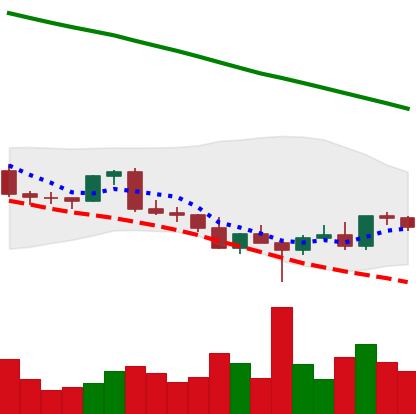
Ticker: EOS-USD
Chart end date: 2022-03-02
Forward return: -12.911%
Label: down_7plus